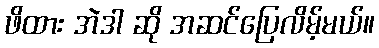
ဖိထား အဲဒါ ဆို အဆင်ပြေလိမ့်မယ်။